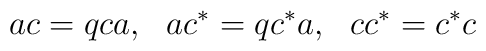
ac = q ca, ~~ ac^* = q c^*a,~~cc^* = c^*c